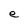
Character: e